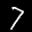
Label: 7